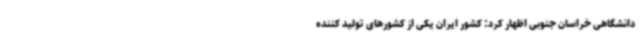
دانشگاهی خراسان جنوبی اظهار کرد: کشور ایران یکی از کشورهای تولید کننده